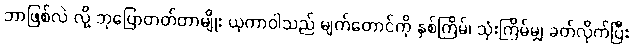
ဘာဖြစ်လဲ လို့ ဘုပြောတတ်တာမျိုး ယုကာဝါသည် မျက်တောင်ကို နှစ်ကြိမ်၊ သုံးကြိမ်မျှ ခတ်လိုက်ပြီး